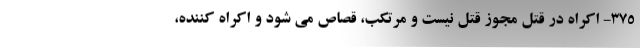
۳۷۵- اکراه در قتل مجوز قتل نیست و مرتکب، قصاص می شود و اکراه کننده،